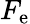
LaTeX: F_{\mathrm{e}}